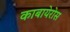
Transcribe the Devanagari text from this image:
काबायेरोस